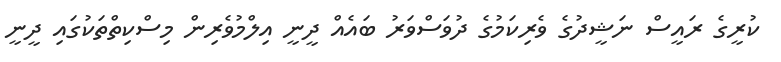
ކުރީގެ ރައީސް ނަޝީދުގެ ވެރިކަމުގެ ދުވަސްވަރު ބައެއް ދީނީ އިލްމުވެރިން މިސްކިތްތަކުގައި ދީނީ